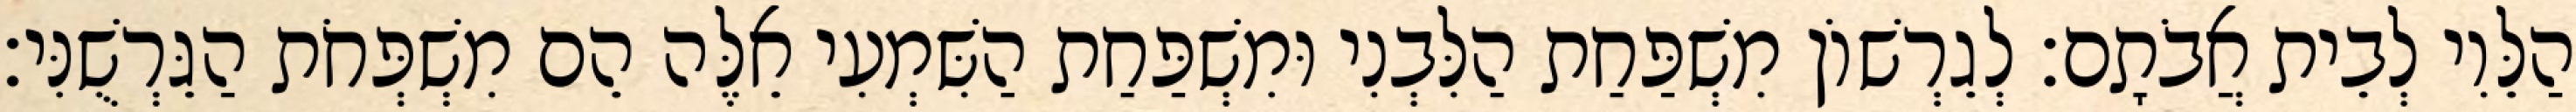
הַלֵּוִי לְבֵית אֲבֹתָם׃ לְגֵרְשׁוֹן מִשְׁפַּחַת הַלִּבְנִי וּמִשְׁפַּחַת הַשִּׁמְעִי אֵלֶּה הֵם מִשְׁפְּחֹת הַגֵּרְשֻׁנִּי׃